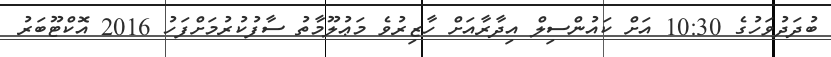
ބުދަދުވަހުގެ 10:30 އަށް ކައުންސިލް އިދާރާއަށް ހާޒިރުވެ މަޢުލޫމާތު ސާފުކުރުމަށްފަހު 2016 އޮކްޓޫބަރު